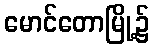
မောင်တောမြို့၌